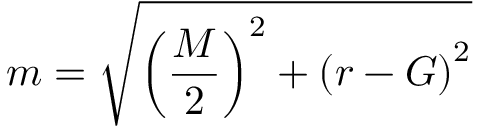
{ } m = { \sqrt { \left( { \frac { M } { 2 } } \right) ^ { 2 } + \left( r - G \right) ^ { 2 } } }